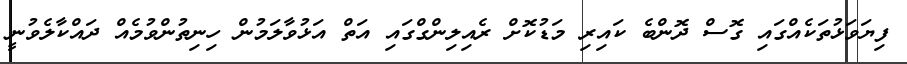
ފިޔަވަޅުތަކެއްގައި ގޮސް ދޮންބެ ކައިރި މަޑުކޮށް ރެއިލިންގްގައި އަތް އަޅުވާލަމުން ހިނިތުންވުމެއް ދައްކާލެވުނީ